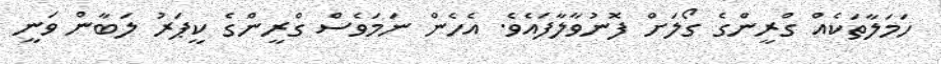
ހަމަލާތަކެއް ގްރީންގެ ގޯލަށް ފޮނުވާލާފައެވެ. އެހެން ނަމަވެސް ގްރީންގެ ކީޕަރު ލަބާން ވަނީ